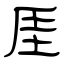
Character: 厓